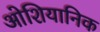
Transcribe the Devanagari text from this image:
ओशियानिक